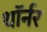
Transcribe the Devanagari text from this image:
थॉर्नर